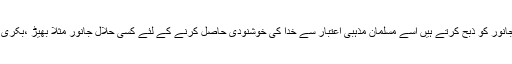
مسلمان اپنی نذر کو پوارا کرنے یا خدا کا تقرب حاصل کرنے کے لئے جس جانور کو ذبح کرتے ہیں اسے مسلمان مذہبی اعتبار سے خدا کی خوشنودی حاصل کرنے کے لئے کسی حلال جانور مثلاً بھیڑ ،بکری ، گائے یا اونٹ وغیرہ کو قربانی ،نذر یا صدقہ کی نیت سے ذبح کرتے ہیں ۔